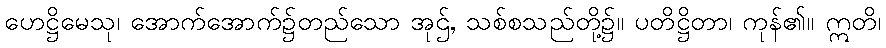
ဟေဋ္ဌိမေသု၊ အောက်အောက်၌တည်သော အုဌ်, သစ်စသည်တို့၌။ ပတိဋ္ဌိတာ၊ ကုန်၏။ ဣတိ၊